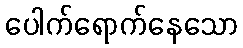
ပေါက်ရောက်နေသော